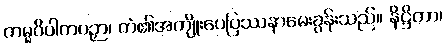
ကမ္မဝိပါကပဉှာ၊ ကံ၏အကျိုးပေပြဿနာမေးခွန်းသည်။ နိဋ္ဌိတာ၊